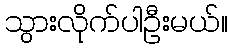
သွားလိုက်ပါဦးမယ်။